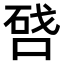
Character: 𠷠